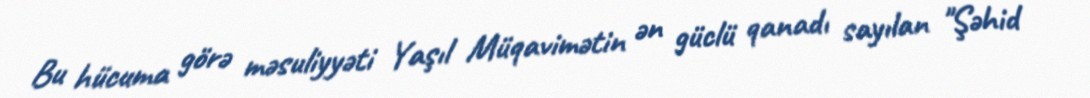
Bu hücuma görə məsuliyyəti Yaşıl Müqavimətin ən güclü qanadı sayılan "Şəhid